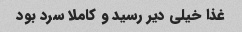
غذا خیلی دیر رسید و کاملا سرد بود